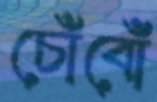
চোঁবোঁ